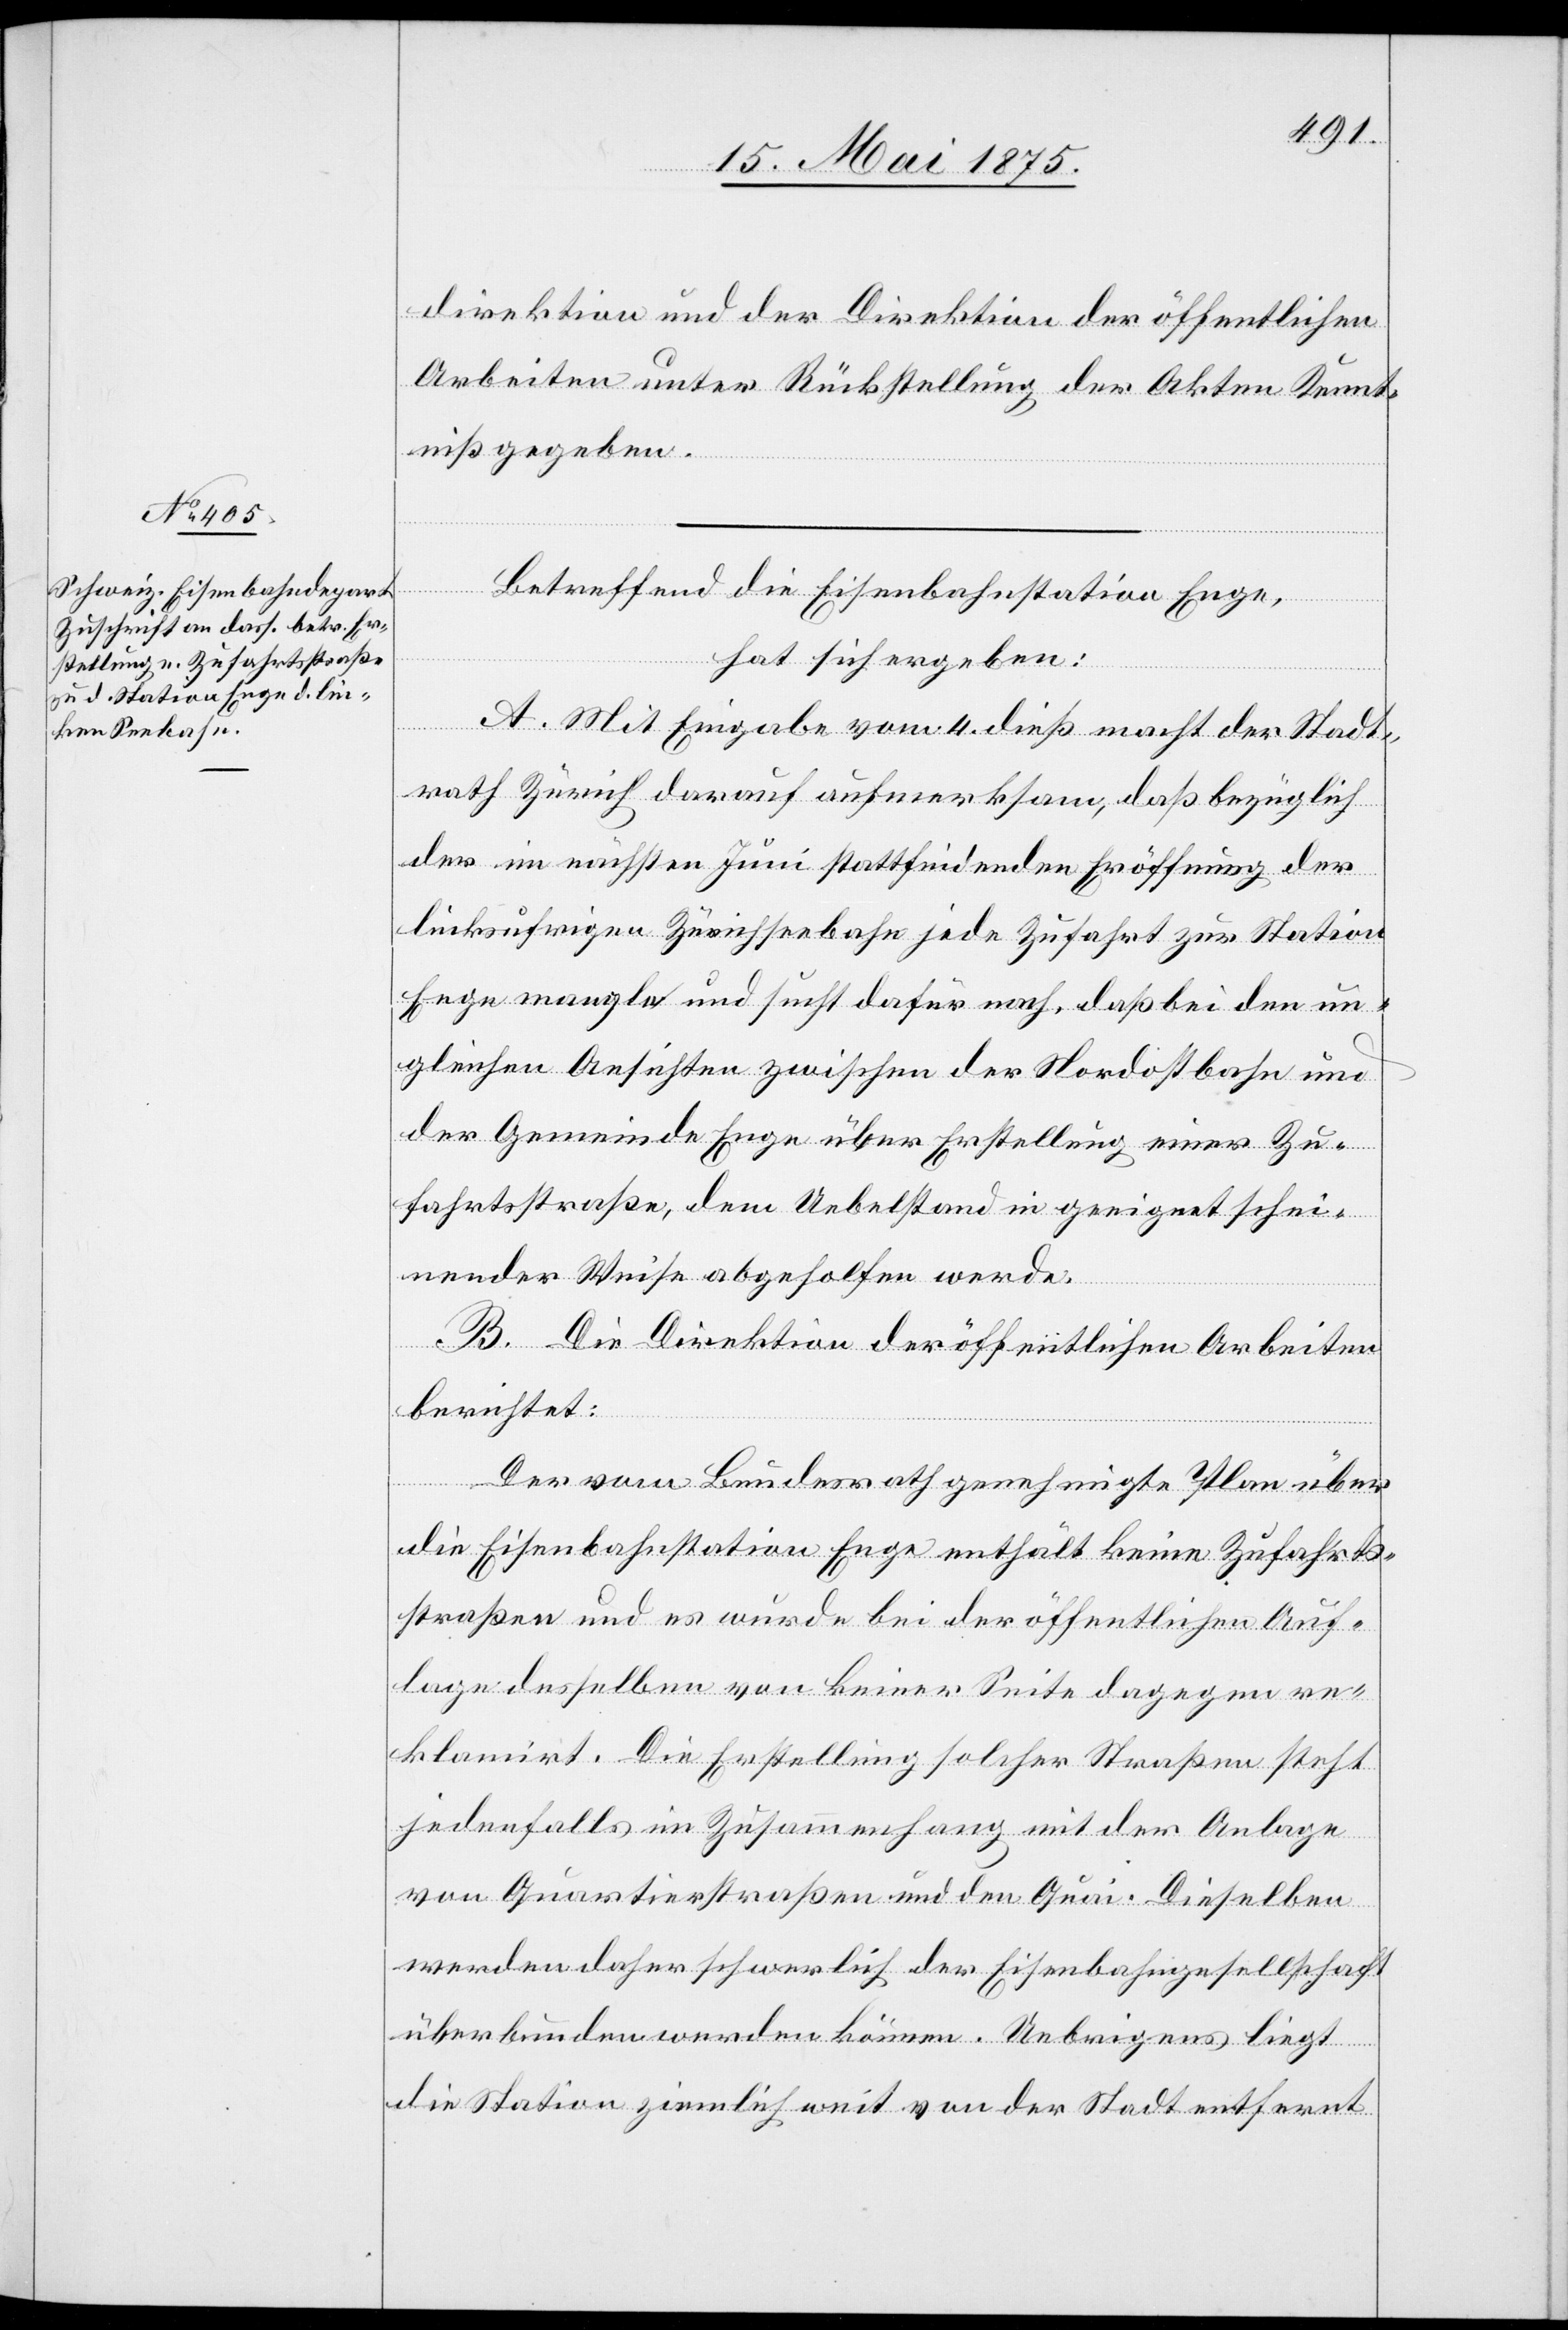
arbeiten unter Rückstellung der Akten Kennt¬
niß gegeben.
Betreffend die Eisenbahnstation Enge,
hat sich ergeben:
A. Mit Eingabe vom 4. dieß macht der Stadt¬
rath Zürich darauf aufmerksam, daß bezüglich
der im nächsten Juni stattfindenden Eröffnung der
linksufrigen Zürichseebahn jede Zufahrt zur Station
Enge mangle und sucht dafür nach, daß bei den un¬
gleichen Ansichten zwischen der Nordostbahn und
der Gemeinde Enge über Erstellung einer Zu¬
fahrtstraße, dem Uebelstand in geeignet schei¬
nender Weise abgeholfen werde.
B. Die Direktion der öffentlichen Arbeiten
berichtet:
Der vom Bundesrath genehmigte Plan über
die Eisenbahnstation Enge enthält keine Zufahrts¬
straßen und es wurde bei der öffentlichen Auf¬
lage desselben von keiner Seite dagegen re¬
klamirt. Die Erstellung solcher Straßen steht
jedenfalls im Zusammenhang mit der Anlage
von Quartierstraßen und den Quai. Dieselben
werden daher schwerlich der Eisenbahngesellschaft
überbunden werden können – Uebrigens liegt
die Station ziemlich weit von der Stadt entfernt